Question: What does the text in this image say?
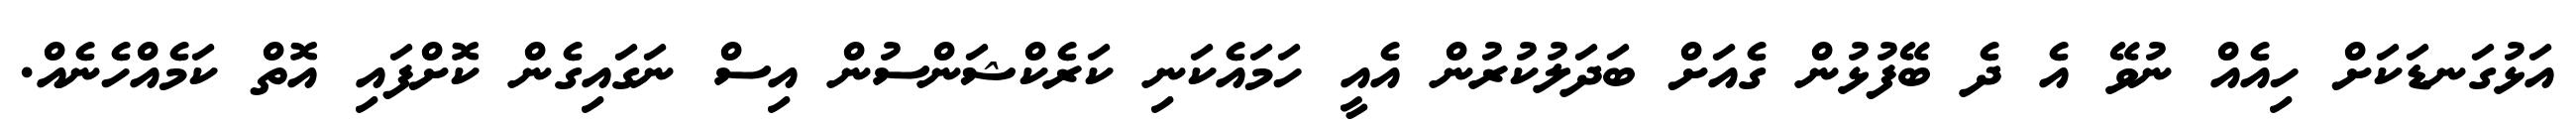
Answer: އަޅުގަނޑަކަށް ހިއެއް ނުވޭ އެ ދެ ބޭފުޅުން ގެއަށް ބަދަލުކުރުން އެއީ ހަމައެކަނި ކަރެކްޝަންސުން އިސް ނަގައިގެން ކޮށްފައި އޮތް ކަމެއްހެނެއް.